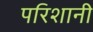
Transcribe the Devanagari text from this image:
परिशानी